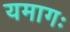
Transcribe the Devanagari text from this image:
यमागः